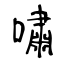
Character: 嘯